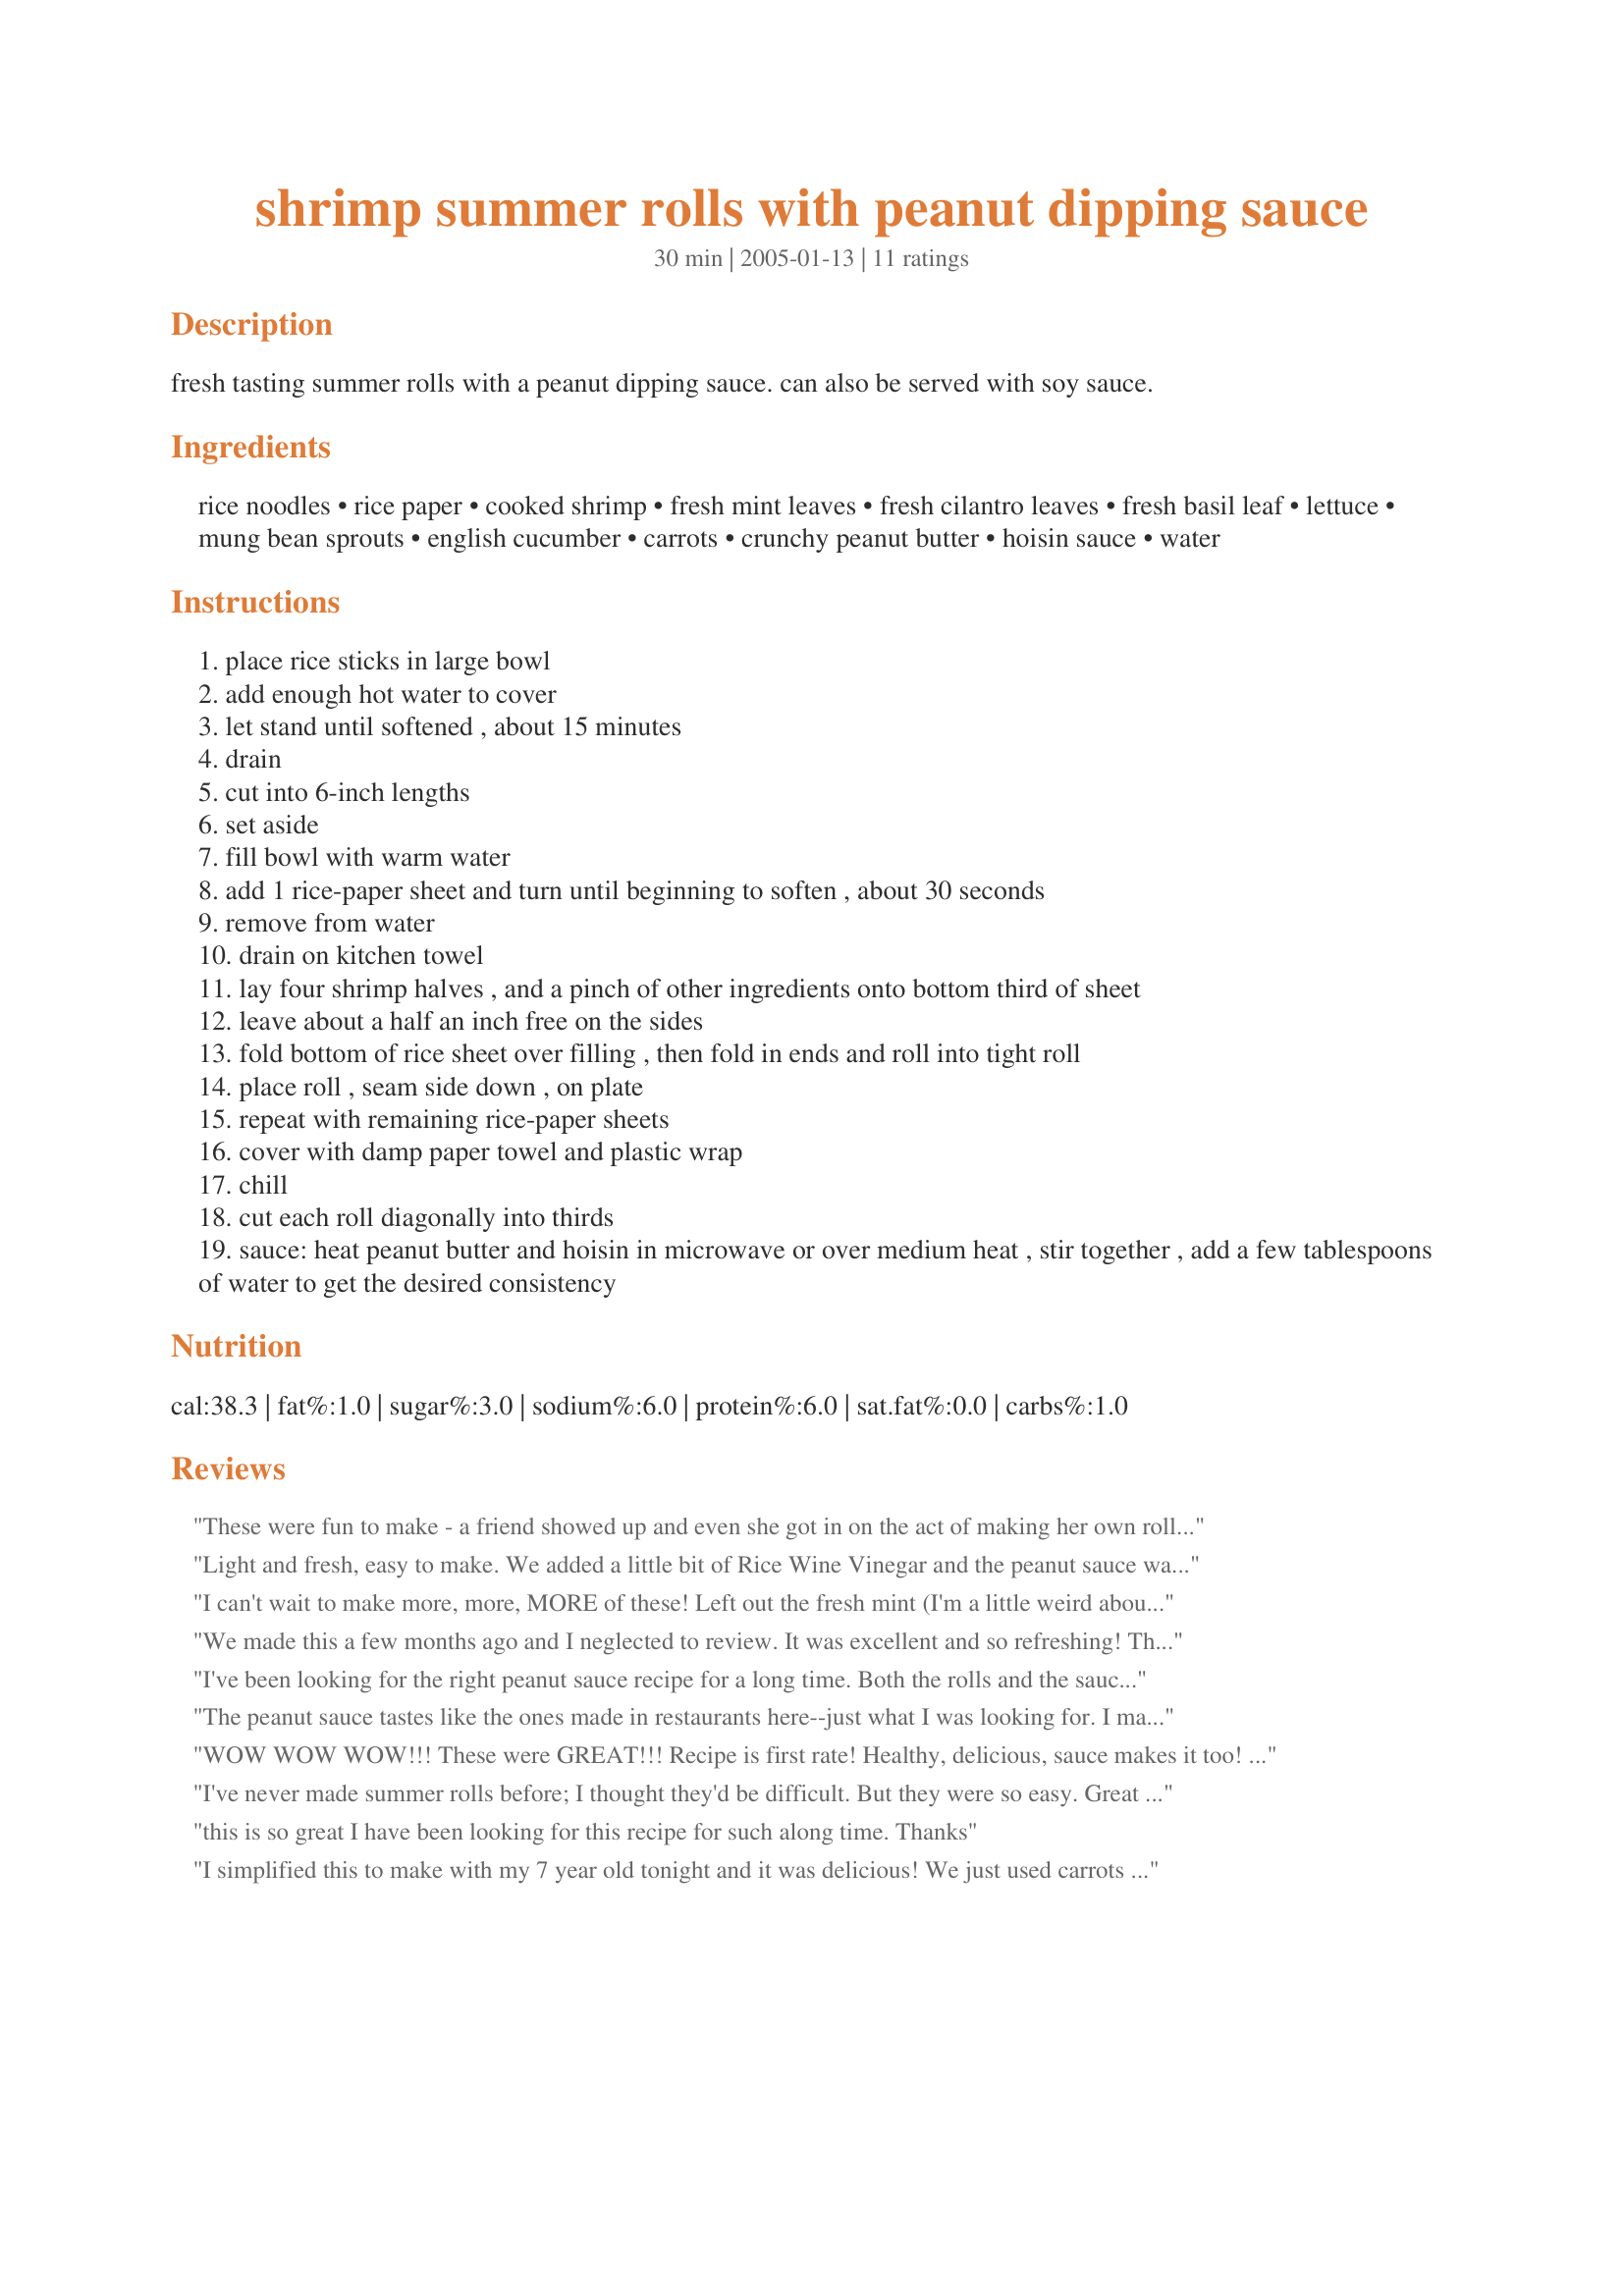
shrimp summer rolls with peanut dipping sauce
Preparation time: 30 minutes

fresh tasting summer rolls with a peanut dipping sauce. can also be served with soy sauce.

Ingredients:
rice noodles, rice paper, cooked shrimp, fresh mint leaves, fresh cilantro leaves, fresh basil leaf, lettuce, mung bean sprouts, english cucumber, carrots, crunchy peanut butter, hoisin sauce, water

Steps:
place rice sticks in large bowl
add enough hot water to cover
let stand until softened , about 15 minutes
drain
cut into 6-inch lengths
set aside
fill bowl with warm water
add 1 rice-paper sheet and turn until beginning to soften , about 30 seconds
remove from water
drain on kitchen towel
lay four shrimp halves , and a pinch of other ingredients onto bottom third of sheet
leave about a half an inch free on the sides
fold bottom of rice sheet over filling , then fold in ends and roll into tight roll
place roll , seam side down , on plate
repeat with remaining rice-paper sheets
cover with damp paper towel and plastic wrap
chill
cut each roll diagonally into thirds
sauce: heat peanut butter and hoisin in microwave or over medium heat , stir together , add a few tablespoons of water to get the desired consistency

Reviews:
These were fun to make - a friend showed up and even she got in on the act of making her own rolls. Having an Asian Benriner mandolin slicer makes easy work of preparing the veggies (plus that part is fun too)! We had never made these before and were quite pleased at how well they came out. We used the plum sauce recipe #172468 instead of the peanut sauce because we wanted something a little 'lighter'. Either way these are fun, easy and healthful - thank you for sharing your great recipe with us. Namaste
Light and fresh, easy to make. We added a little bit of Rice Wine Vinegar and the peanut sauce was great!
I can't wait to make more, more, MORE of these! Left out the fresh mint (I'm a little weird about mint) but otherwise followed this recipe precisely. The summer rolls were easy, fresh, and fabulous!
We made this a few months ago and I neglected to review. It was excellent and so refreshing! The only thing I did differently is to use a ready made asian peanut sauce.
I've been looking for the right peanut sauce recipe for a long time. Both the rolls and the sauce taste straight from the restaraunt.
The peanut sauce tastes like the ones made in restaurants here--just what I was looking for. I made mine simple with just lettuce, noodles, carrots, mint leaves and tofu. Even with fewer ingredients, it was a little difficult to roll. Next time, I'll shred the lettuce smaller. I made this for a picnic yesterday and it went out fast. Since there was leftover chicken, I'll make some with teriyaki chicken tonight. Thanks Alma!
WOW WOW WOW!!! These were GREAT!!!
Recipe is first rate!
Healthy, delicious, sauce makes it too!
HIGHLY recommended from me to YOU!
I've never made summer rolls before; I thought they'd be difficult. But they were so easy. Great directions. I didn't have crunchy PB, so I used smooth. And I omitted the carrots just because I don't like them in summer rolls. This is an excellent recipe. Thanks Alma.
this is so great I have been looking for this recipe for such along time. Thanks
I simplified this to make with my 7 year old tonight and it was delicious! We just used carrots and cucumbers and subbed crab for the shrimp! Yummy! It was a fun thing to make with kids as both he & his little sister were fascinated by the softening of the rice paper, and it was fun rolling them up. Thank you! I'll make it again defnitely!
Made these tonight. They taste as good as the ones I've had in the restaurant. They were really quite easy to make. Thanks.
